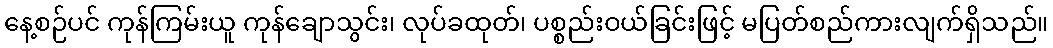
နေ့စဉ်ပင် ကုန်ကြမ်းယူ ကုန်ချောသွင်း၊ လုပ်ခထုတ်၊ ပစ္စည်းဝယ်ခြင်းဖြင့် မပြတ်စည်ကားလျက်ရှိသည်။